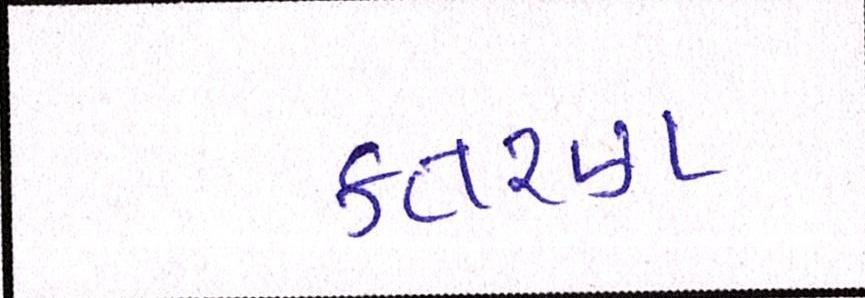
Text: કતરણ